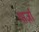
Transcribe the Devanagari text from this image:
यार्ज़ा